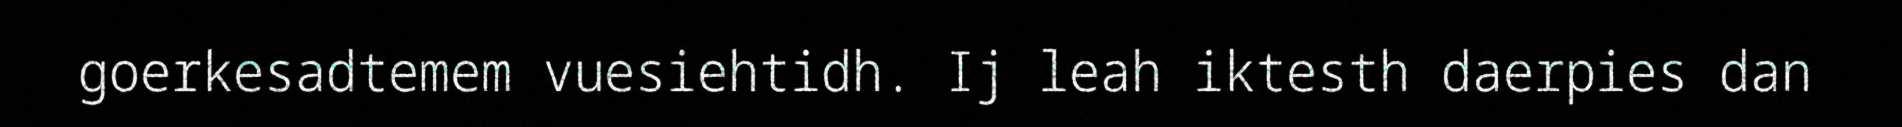
goerkesadtemem vuesiehtidh. Ij leah iktesth daerpies dan